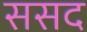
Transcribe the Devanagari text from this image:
ससद